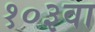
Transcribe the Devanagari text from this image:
१०३वा